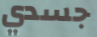
جسدي